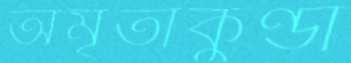
অমৃতাকুণ্ডা